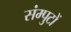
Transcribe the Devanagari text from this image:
संम्पुटों